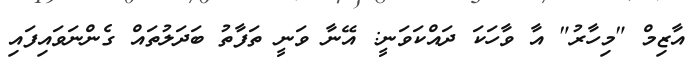
އާޒިމް "މިހާރު" އާ ވާހަކަ ދައްކަވަނީ: އޭނާ ވަނީ ތަފާތު ބަދަލުތައް ގެންނަވައިފައި